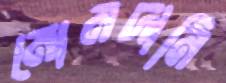
মোমদানি